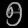
Digit: ၅